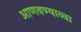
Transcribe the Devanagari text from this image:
आणवण्याव्चा